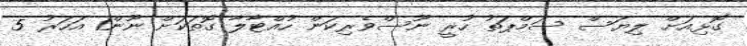
ގޮޅިއަށް ލިޔަސް ސަމްޕަތު ހުރީ ނޫސްވެރިކަން ހުއްޓާލާ ގޮތަކަށް ނޫން1 އަހަރު 5